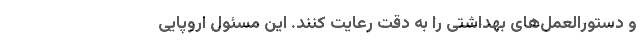
و دستورالعمل‌های بهداشتی را به دقت رعایت کنند. این مسئول اروپایی